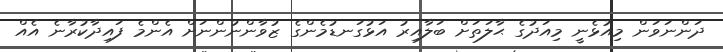
ދަންނަވަން މިއުޅެނީ މިއަދުގެ ޙާލަތަށް ބަލާއިރު އަޅުގަނޑުމެންގެ ޒުވާންނުންނަށް އެންމެ ފައިދާކުރާނެ އެއް